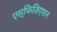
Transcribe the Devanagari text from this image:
एस्फिज़िएशन